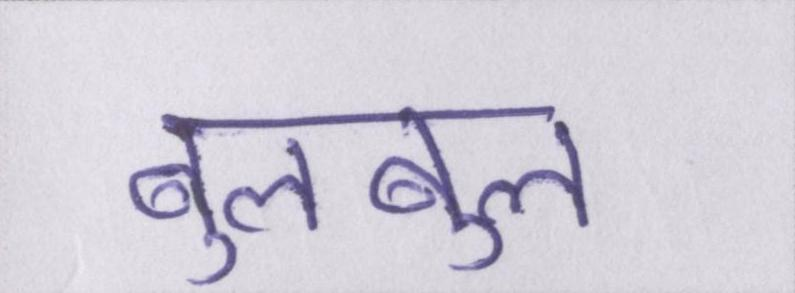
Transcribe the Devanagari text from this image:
बुलबुल